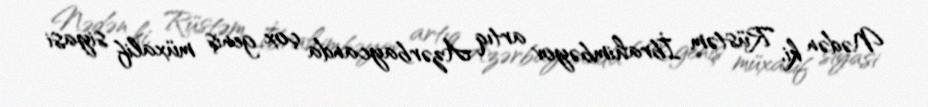
Nədən ki, Rüstəm İbrahimbəyov artıq Azərbaycanda çox geniş müxalif siyasi